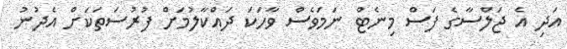
އަދި އެ ޖަލްސާގެ ފަސް މިނެޓް ނަމަވެސް ވާހަކަ ދައްކާލުމަށް ފުރުސަތަކަށް އެދުނު